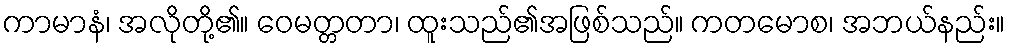
ကာမာနံ၊ အလိုတို့၏။ ဝေမတ္တတာ၊ ထူးသည်၏အဖြစ်သည်။ ကတမောစ၊ အဘယ်နည်း။